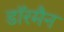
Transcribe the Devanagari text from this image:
डॉरमैन